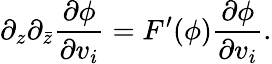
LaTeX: \partial_{z}\partial_{\bar{z}}\frac{\partial\phi}{\partial v_{i}}=F^{\prime}(\phi)\frac{\partial\phi}{\partial v_{i}}.